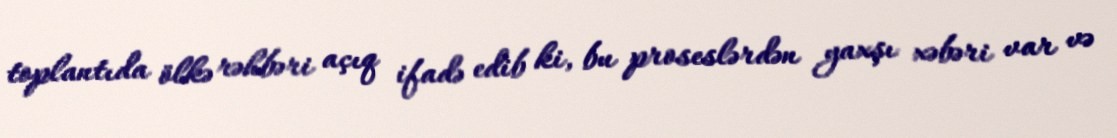
toplantıda ölkə rəhbəri açıq ifadə edib ki, bu proseslərdən yaxşı xəbəri var və